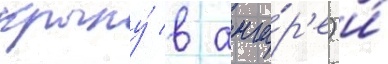
крылу́ в анга́р'е) и́